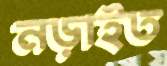
নড়াইত